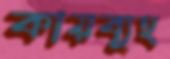
কায়ব্যূহ